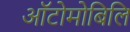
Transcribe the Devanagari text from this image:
ऑटोमोबिलि